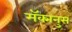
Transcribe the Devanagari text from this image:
मॅक्मनुस